Scottish Leaving Certificate Examination, 1959
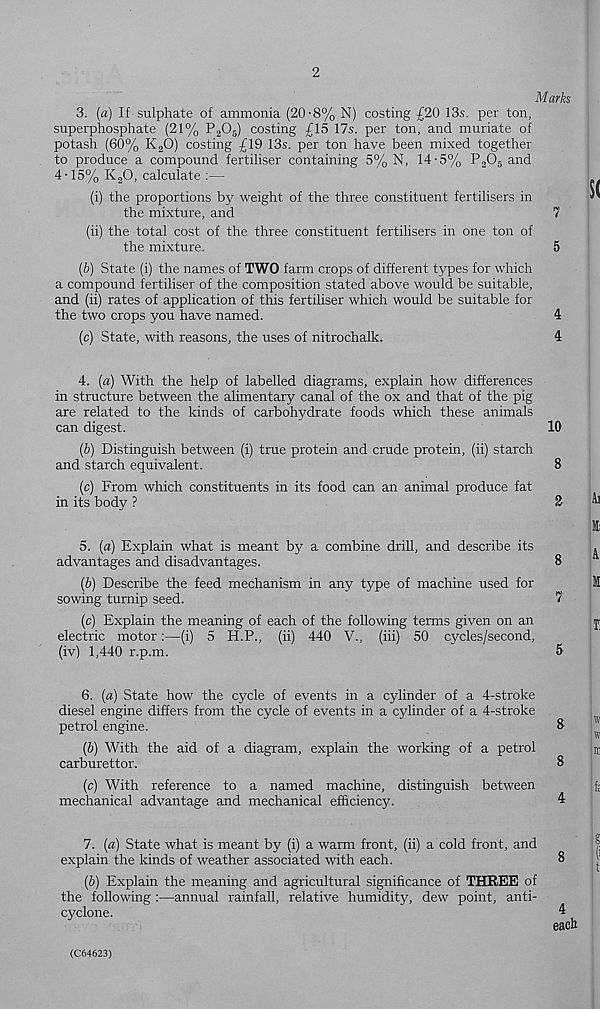
2
Marks
3. (a) If sulphate of ammonia (20-8% N) costing £20 13s. per ton,
superphosphate (21% P 2 0 5 ) costing £15 17s. per ton, and muriate of
potash (60% K 2 0) costing £19 13s. per ton have been mixed together
to produce a compound fertiliser containing 5% N, 14-5% P 2 0 5 and
4-15% K 2 0, calculate :—
(i) the proportions by weight of the three constituent fertilisers in
the mixture, and
7
(ii) the total cost of the three constituent fertilisers in one ton of
the mixture.
5
(b) State (i) the names of TWO farm crops of different types for which
a compound fertiliser of the composition stated above would be suitable,
and (ii) rates of application of this fertiliser which would be suitable for
the two crops you have named.
4
(c) State, with reasons, the uses of nitrochalk.
4
4. (a) With the help of labelled diagrams, explain how differences
in structure between the alimentary canal of the ox and that of the pig
are related to the kinds of carbohydrate foods which these animals
can digest.
10
(b) Distinguish between (i) true protein and crude protein, (ii) starch
and starch equivalent.
8
(c) From which constituents in its food can an animal produce fat
in its body ?
£
5. (a) Explain what is meant by a combine drill, and describe its
.
advantages and disadvantages.
8
(6) Describe the feed mechanism in any type of machine used for
M
sowing turnip seed.
7
(c) Explain the meaning of each of the following terms given on an
y
electric motor:—(i) 5 H.P., (ii) 440 V., (iii) 50 cycles/second,
(iv) 1,440 r.p.m.
~
5
6. (a) State how the cycle of events in a cylinder of a 4-stroke
diesel engine differs from the cycle of events in a cylinder of a 4-stroke
petrol engine.
8
(b) With the aid of a diagram, explain the working of a petrol
carburettor.
8
(c) With reference to a named machine, distinguish between
mechanical advantage and mechanical efficiency.
4
w
w
It
f:
7. (a) State what is meant by (i) a warm front, (ii) a cold front, and
explain the kinds of weather associated with each.
8
(6) Explain the meaning and agricultural significance of THREE of
the following :—annual rainfall, relative humidity, dew point, anti-
cyclone.
4
each
(C64623)